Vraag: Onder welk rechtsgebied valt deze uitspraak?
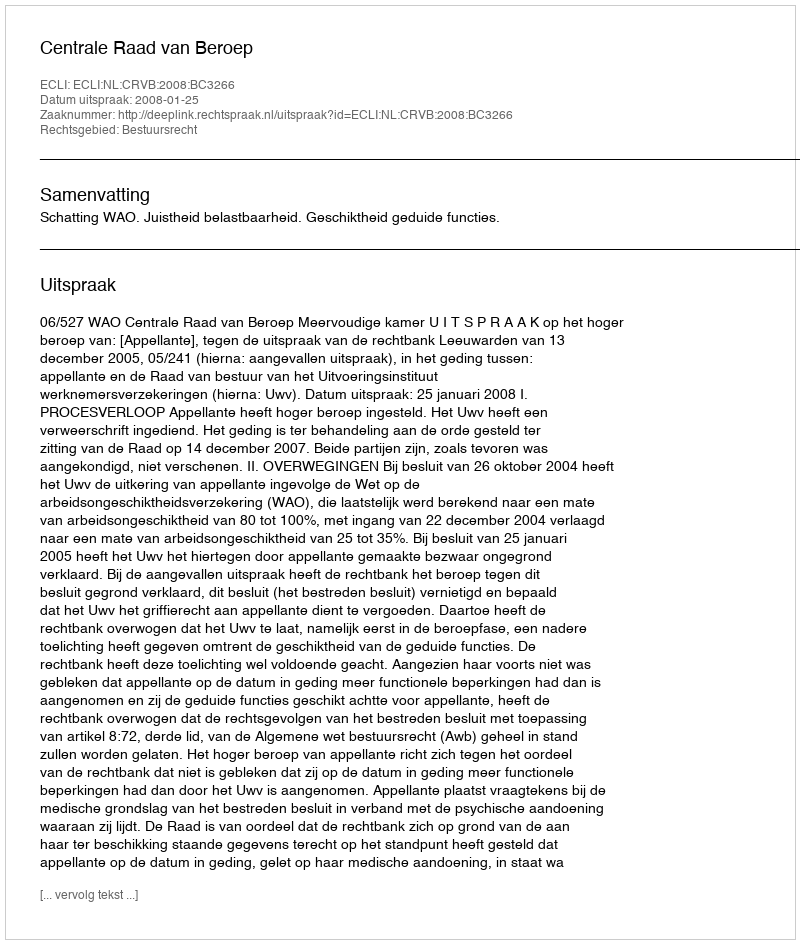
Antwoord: Bestuursrecht